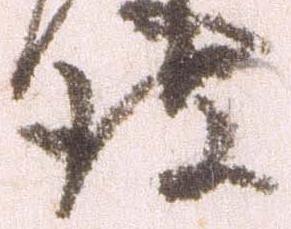
彼